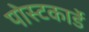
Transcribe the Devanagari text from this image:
पोस्टकार्डे